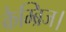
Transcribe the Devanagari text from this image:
कैम्ब्रिज।